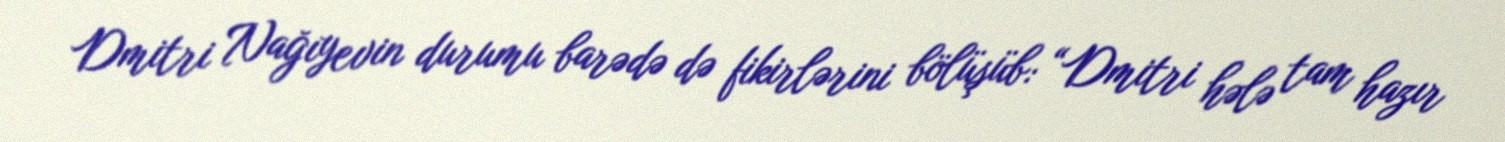
Dmitri Nağıyevin durumu barədə də fikirlərini bölüşüb: “Dmitri hələ tam hazır